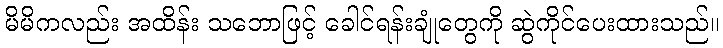
မိမိကလည်း အထိန်း သဘောဖြင့် ခေါင်ရန်းချုံတွေကို ဆွဲကိုင်ပေးထားသည်။